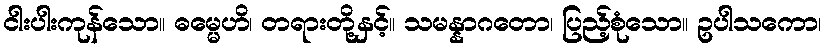
ငါးပါးကုန်သော။ ဓမ္မေဟိ၊ တရားတို့နှင့်။ သမန္နာဂတော၊ ပြည့်စုံသော။ ဥပါသကော၊